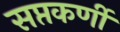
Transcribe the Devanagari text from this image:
सप्तकर्णी